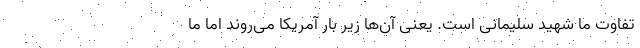
تفاوت ما شهید سلیمانی است. یعنی آن‌ها زیر بار آمریکا می‌روند اما ما